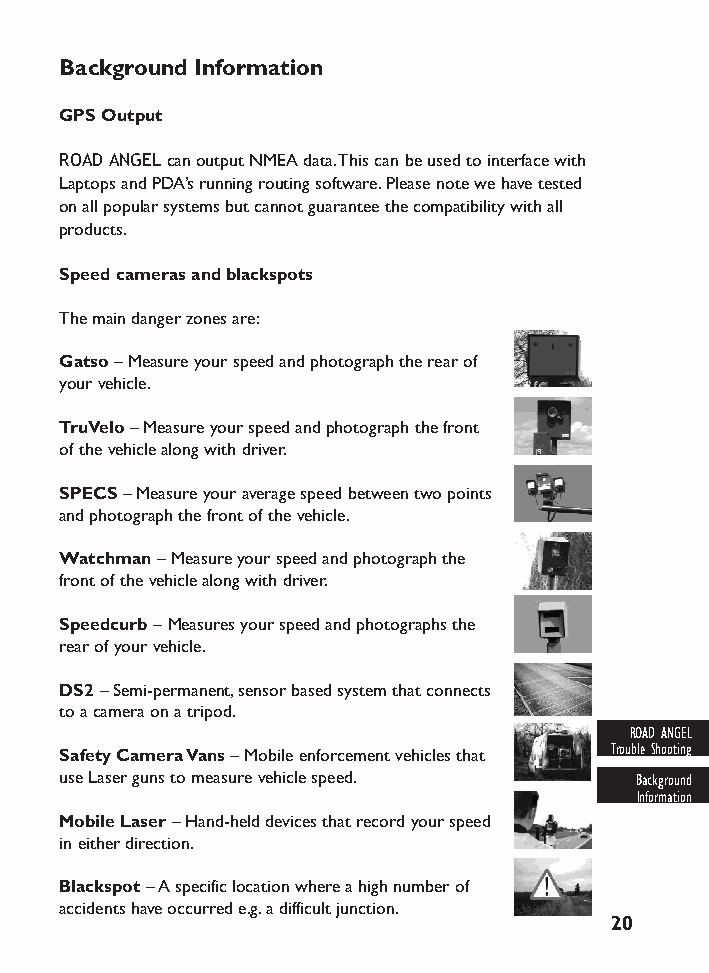
Background Information
 GPS Output
 ROAD ANGEL can output NMEA data.This can be used to interface with
 Laptops and PDA’s running routing software.Please note we have tested
 on all popular systems but cannot guarantee the compatibility with all
 products.
 Speed cameras and blackspots
 The main danger zones are:
 Gatso– Measure your speed and photograph the rear of
 your vehicle.
 TruVelo– Measure your speed and photograph the front
 of the vehicle along with driver.
 SPECS– Measure your average speed between two points
 and photograph the front of the vehicle.
 Watchman– Measure your speed and photograph the
 front of the vehicle along with driver.
 Speedcurb–Measures your speed and photographs the
 rear of your vehicle.
 DS2– Semi-permanent,sensor based system that connects
 to a camera on a tripod.
 ROAD ANGEL
 Safety Camera Vans– Mobile enforcement vehicles that Trouble Shooting
 use Laser guns to measure vehicle speed. Background
 Information
 Mobile Laser– Hand-held devices that record your speed
 in either direction.
 Blackspot– A specific location where a high number of
 accidents have occurred e.g.a difficult junction.
 20